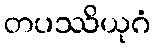
တပဿိယုဂံ